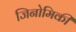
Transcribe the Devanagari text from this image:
जिनोमिकी